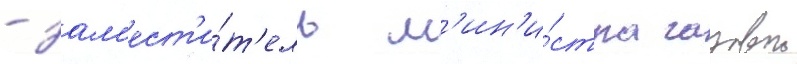
- зам'ест'и́т'ель м'ин'и́стра газовои